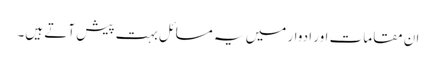
ان مقامات اور ادوار میں یہ مسائل بہت پیش آتے ہیں۔